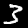
Digit: 3